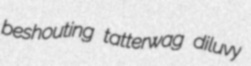
beshouting tatterwag diluvy